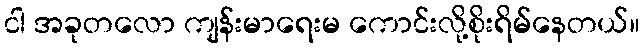
ငါ အခုတလော ကျန်းမာရေးမ ကောင်းလို့စိုးရိမ်နေတယ်။